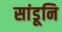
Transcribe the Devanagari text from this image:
सांडूनि